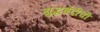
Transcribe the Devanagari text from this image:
युद्धबंदीची